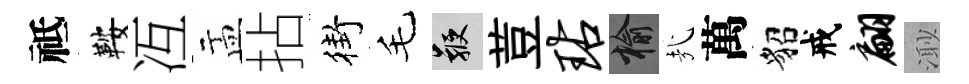
祗鞍冱盂拈街毛鞭荳玷榆㢤萬貂戒翩𣺌